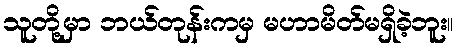
သူတို့မှာ ဘယ်တုန်းကမှ မဟာမိတ်မရှိခဲ့ဘူး။